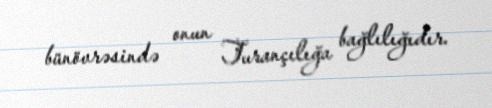
bünövrəsində onun Turançılığa bağlılığıdır.